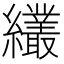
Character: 𦇱